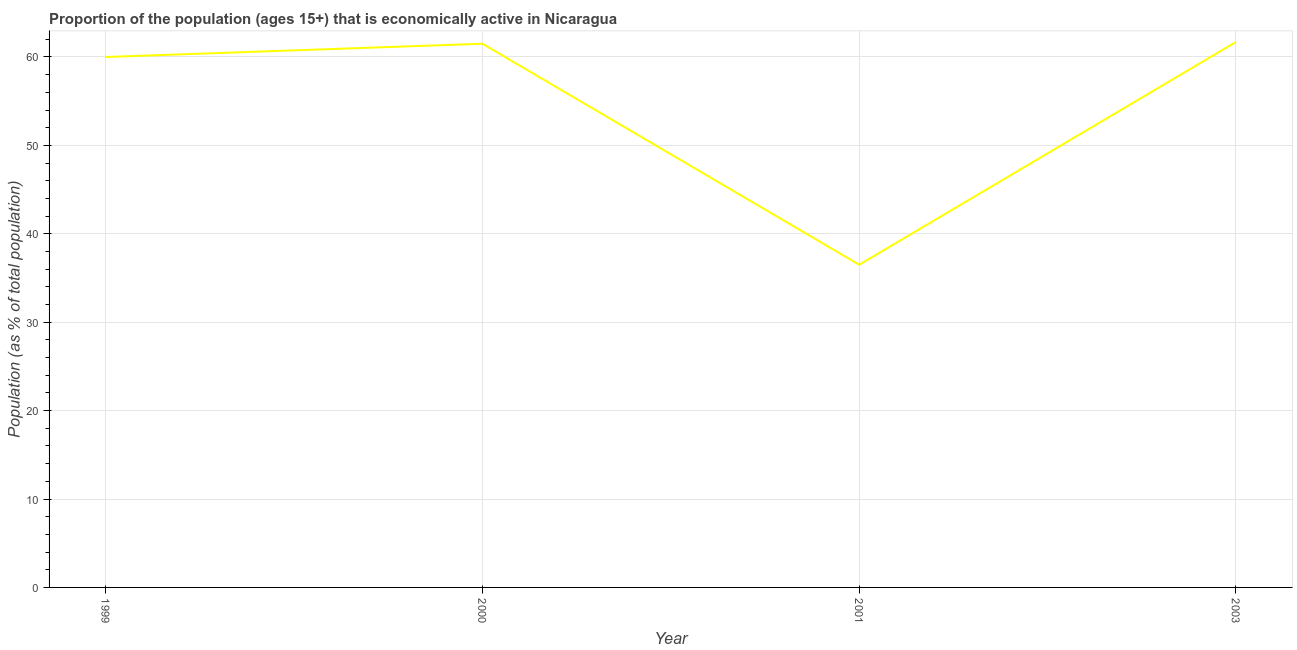
| Year | Labor force participation rate total |
 | --- | --- |
 | 1999 | 60 |
 | 2000 | 61.5 |
 | 2001 | 36.5 |
 | 2003 | 61.7 |